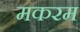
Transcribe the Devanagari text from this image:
मकरम